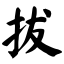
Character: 拔